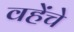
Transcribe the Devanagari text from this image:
वहेंचे